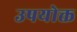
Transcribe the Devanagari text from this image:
उपयोक्त